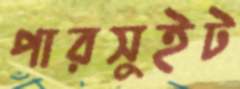
পারসুইট